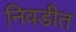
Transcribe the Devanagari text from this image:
निवडीत